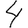
Digit: 4